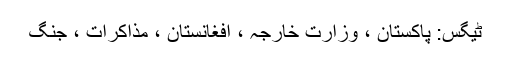
ٹیگس: پاکستان ، وزارت خارجہ ، افغانستان ، مذاکرات ، جنگ